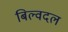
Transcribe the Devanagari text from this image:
बिल्वदल